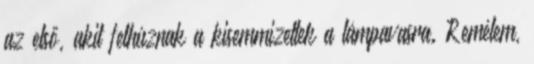
az első, akit felhúznak a kisemmizettek a lámpavasra. Remélem,